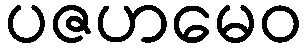
ပဇဟမေဝ